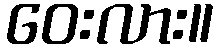
ဝေးလား။